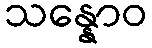
သန္နောဝ